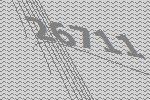
26711